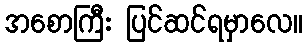
အစောကြီး ပြင်ဆင်ရမှာလေ။